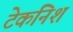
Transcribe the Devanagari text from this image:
टेकनिश